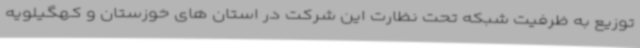
توزیع به ظرفیت شبکه تحت نظارت این شرکت در استان های خوزستان و کهگیلویه